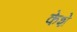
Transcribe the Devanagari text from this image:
केशे